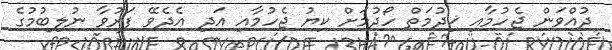
ދުއްވަން ޖެހުމާއި ޚިދުމަތް ހޯދުމަށް ކިޔު ޖެހުމާއި އަދި އެދެވޭ ފަރުވާ ނުލިބުމުގެ